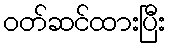
ဝတ်ဆင်ထားပြီး